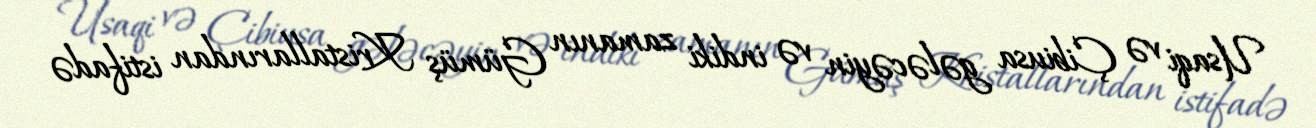
Usaqi və Çibiusa gələcəyin və indiki zamanın Gümüş Kristallarından istifadə